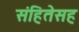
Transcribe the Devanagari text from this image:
संहितेसह